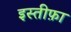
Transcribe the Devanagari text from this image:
इस्‍तीफ़ा